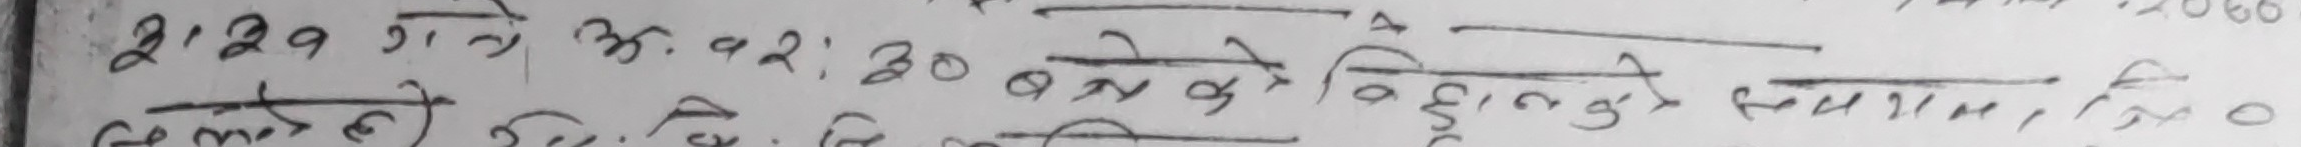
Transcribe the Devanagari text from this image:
2:29 नो अ.व.2:30 बजेको बिन्दुको प्रमाण, लि ०
केन्द्र हो सि.सि.लि.मि.